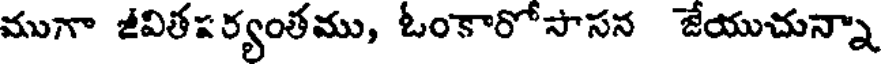
ముగా జీవితపర్యంతము, ఓంకారోసాసన జేయుచున్నా